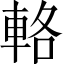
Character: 輅